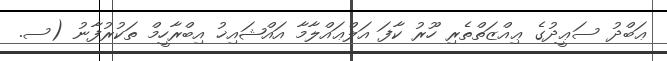
ޢަބްދު ސަޢީދުގެ ޢިއްޒަތްތެރި ހޫރު ކާފަ އަލްޢައްލާމާ އައްޝައިޚު އިބްރާހީމް ތަކުރުފާނު (ސ.